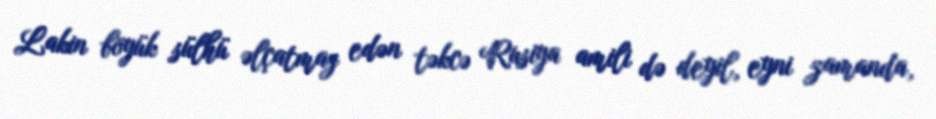
Lakin böyük sülhü əlçatmaz edən təkcə Rusiya amili də deyil, eyni zamanda,